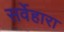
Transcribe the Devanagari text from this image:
सर्वेहारा